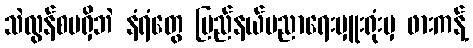
သဲလွန်စမရှိဘဲ နံရံတွေ ပြည်နယ်ပညာရေးမှူးရုံးမှ ဖားကန့်